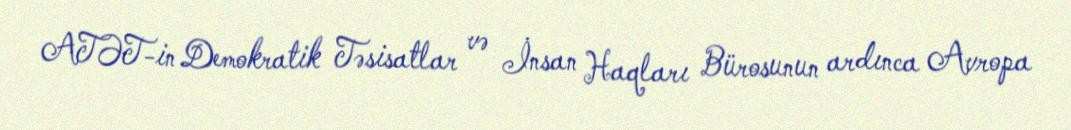
ATƏT-in Demokratik Təsisatlar və İnsan Haqları Bürosunun ardınca Avropa